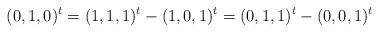
LaTeX: \begin{align*}(0,1,0)^{t} = (1,1,1)^{t}-(1,0,1)^{t} = (0,1,1)^{t}-(0,0,1)^{t}\end{align*}